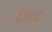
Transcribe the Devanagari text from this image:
६०८८